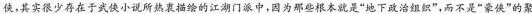
侠，其实很少存在于武侠小说所热衷描绘的江湖门派中，因为那些根本就是”地下政治组织”，而不是”豪侠”的聚